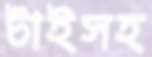
টাইসহ